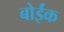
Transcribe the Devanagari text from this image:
बोईंक